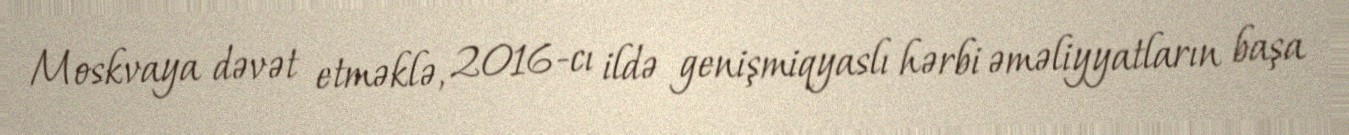
Moskvaya dəvət etməklə, 2016-cı ildə genişmiqyaslı hərbi əməliyyatların başa